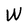
Character: W